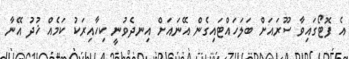
އެ ފޮޓޯގައިވާ ސޫރައަށް ބަލަހައްޓައިގެން އޭނައަށް އިނދެވުނީ ކިހާއިރަކު ކަމެއް ޚުދު އޭނާ